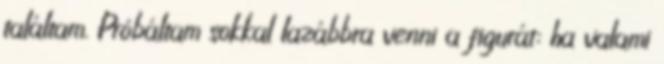
találtam. Próbáltam sokkal lazábbra venni a figurát: ha valami